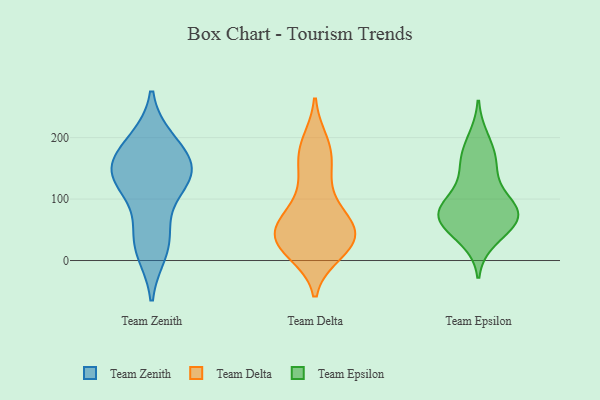
{"axis": {"x": "Net Income (USD K)", "y": "Value"}, "legend": ["Team Delta", "Team Epsilon", "Team Zenith"], "data": [{"x": "", "y": 127, "type": "Team Zenith"}, {"x": "", "y": 27, "type": "Team Zenith"}, {"x": "", "y": 16, "type": "Team Zenith"}, {"x": "", "y": 142, "type": "Team Zenith"}, {"x": "", "y": 156, "type": "Team Zenith"}, {"x": "", "y": 51, "type": "Team Zenith"}, {"x": "", "y": 194, "type": "Team Zenith"}, {"x": "", "y": 155, "type": "Team Zenith"}, {"x": "", "y": 140, "type": "Team Zenith"}, {"x": "", "y": 124, "type": "Team Zenith"}, {"x": "", "y": 190, "type": "Team Zenith"}, {"x": "", "y": 22, "type": "Team Delta"}, {"x": "", "y": 55, "type": "Team Delta"}, {"x": "", "y": 24, "type": "Team Delta"}, {"x": "", "y": 71, "type": "Team Delta"}, {"x": "", "y": 36, "type": "Team Delta"}, {"x": "", "y": 156, "type": "Team Delta"}, {"x": "", "y": 78, "type": "Team Delta"}, {"x": "", "y": 139, "type": "Team Delta"}, {"x": "", "y": 19, "type": "Team Delta"}, {"x": "", "y": 13, "type": "Team Delta"}, {"x": "", "y": 192, "type": "Team Delta"}, {"x": "", "y": 186, "type": "Team Delta"}, {"x": "", "y": 111, "type": "Team Delta"}, {"x": "", "y": 45, "type": "Team Delta"}, {"x": "", "y": 176, "type": "Team Delta"}, {"x": "", "y": 37, "type": "Team Delta"}, {"x": "", "y": 58, "type": "Team Delta"}, {"x": "", "y": 31, "type": "Team Delta"}, {"x": "", "y": 61, "type": "Team Delta"}, {"x": "", "y": 95, "type": "Team Epsilon"}, {"x": "", "y": 57, "type": "Team Epsilon"}, {"x": "", "y": 170, "type": "Team Epsilon"}, {"x": "", "y": 197, "type": "Team Epsilon"}, {"x": "", "y": 88, "type": "Team Epsilon"}, {"x": "", "y": 35, "type": "Team Epsilon"}, {"x": "", "y": 58, "type": "Team Epsilon"}, {"x": "", "y": 79, "type": "Team Epsilon"}, {"x": "", "y": 140, "type": "Team Epsilon"}, {"x": "", "y": 83, "type": "Team Epsilon"}, {"x": "", "y": 158, "type": "Team Epsilon"}, {"x": "", "y": 67, "type": "Team Epsilon"}, {"x": "", "y": 76, "type": "Team Epsilon"}]}